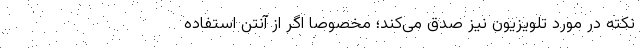
نکته در مورد تلویزیون نیز صدق می‌کند؛ مخصوصا اگر از آنتن استفاده